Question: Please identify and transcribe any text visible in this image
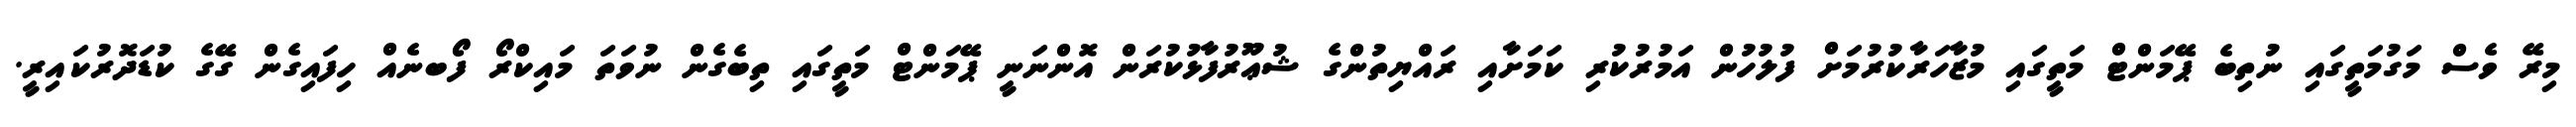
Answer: މިރޭ ވެސް މަގުމަތީގައި ނުތިބެ ޕޭމަންޓް މަތީގައި މުޒާހަރާކުރުމަށް ފުލުހުން އަމުރުކުރި ކަމަށާއި ރައްޔިތުންގެ ޝުޢޫރުފާޅުކުރަން އޮންނަނީ ޕޭމަންޓް މަތީގައި ތިބެގެން ނުވަތަ މައިކްރޯ ފޯބނެއް ހިފައިގެން ގޭގެ ކުޑަދޮރުކައިރީ.